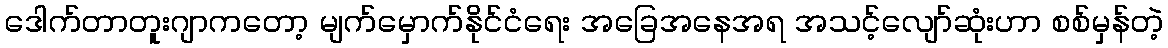
ဒေါက်တာတူးဂျာကတော့ မျက်မှောက်နိုင်ငံရေး အခြေအနေအရ အသင့်လျော်ဆုံးဟာ စစ်မှန်တဲ့